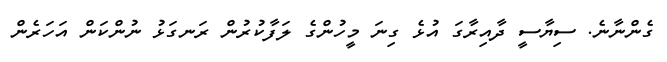
ގެންނާނެ. ސިޔާސީ ދާއިރާގަ އުޅެ ގިނަ މީހުންގެ ލަފާކުރުން ރަނގަޅު ނުންކަން އަހަރެން